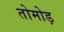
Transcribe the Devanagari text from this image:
तोमोड़